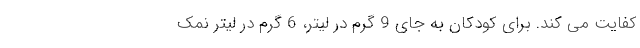
کفایت می کند. برای کودکان به جای 9 گرم در لیتر، 6 گرم در لیتر نمک